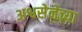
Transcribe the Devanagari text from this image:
अश्वसेनेच्या